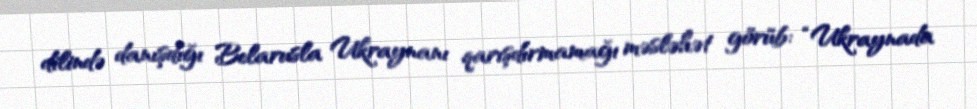
dilində danışdığı Belarusla Ukraynanı qarışdırmamağı məsləhət görüb: “Ukraynada